Annual returns of the Patna Lunatic Asylum at Bankipore in Bihar and Orissa - 1912-1924
Year: 1912
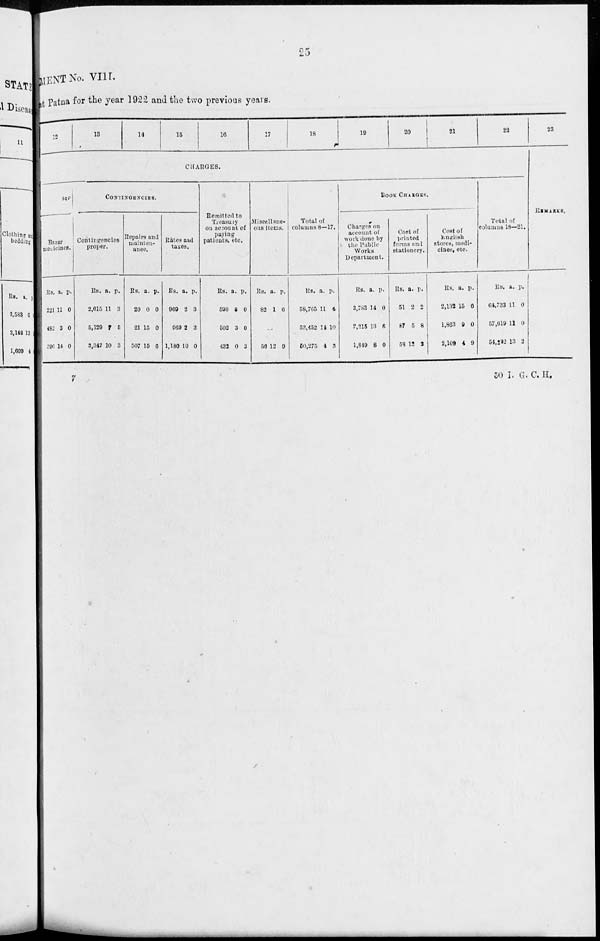
25
MENT No. VIII.
at Patna for the year 1922 and the two previous years.
12
13
14
15
16
17
18
19
20
21
22
CHARGES.
Bazar
medicines.
Rs.
221
482
390
a.
11
3
14
p.
0
0
0
CONTINGENCIES.
Contingencies
proper.
Rs.
2,615
5,129
3,347
a.
11
7
10
p.
3
5
3
Repairs and
mainten-
ance.
Rs.
20
21
507
a.
0
15
15
p.
0
0
6
Rates and
taxes.
Rs.
969
969
1,180
a.
2
2
10
p.
3
3
0
Remitted to
Treasury
on account of
paying
patients, etc.
Rs.
590
502
432
a.
8
3
0
p.
0
0
3
Miscellane-
ous items.
Rs.
82
a.
1
p.
6
...
56 12 9
Total of
columns 8—17.
Rs.
58,765
53,452
50,275
a.
11
14
4
p.
4
10
3
BOOK CHARGES.
Charges on
account of
work done by
the Public
Works
Department.
Rs.
3,783
2,215
1,849
a.
14
13
8
p.
0
6
0
Cost of
printed
forms and
stationery.
Rs.
51
87
58
a.
2
5
12
p.
2
8
2
Cost of
English
stores, medi-
cines, etc.
Rs.
2,132
1,863
2,109
a.
15
9
4
p.
6
0
9
Total of
columns 18—21.
Rs.
64,733
57,619
54,202
a.
11
11
13
p.
0
0
2
23
REMARKS.
7
50 I. G. C. H.